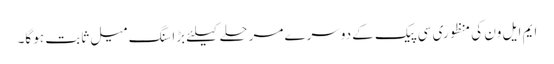
ایم ایل ون کی منظوری سی پیک کے دوسرے مرحلے کیلئے بڑا سنگ میل ثابت ہو گا۔